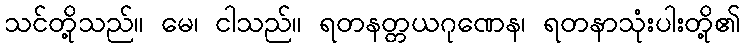
သင်တို့သည်။ မေ၊ ငါသည်။ ရတနတ္တယဂုဏေန၊ ရတနာသုံးပါးတို့၏